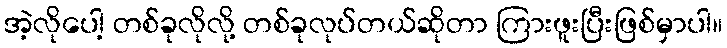
အဲ့လိုပေါ့ တစ်ခုလိုလို့ တစ်ခုလုပ်တယ်ဆိုတာ ကြားဖူးပြီးဖြစ်မှာပါ။